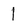
Character: 1